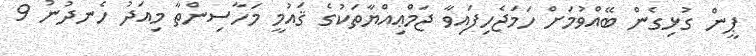
ޕީން ގުޅިގެން ބޭއްވުމަށް ހަމަޖެހިފައިވާ ޖަމްޢިއްޔާތަކުގެ ޤައުމީ މަހާސިންތާ މިއަދު ހެނދުނު 9